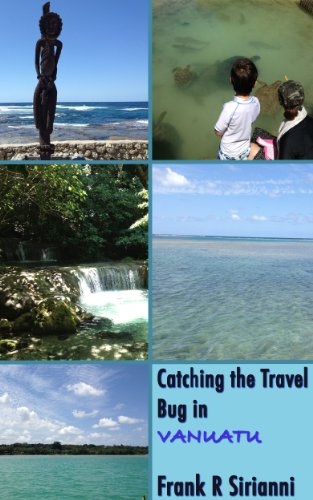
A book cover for Catching the Travel Bug in Vanuatu (Catching the Travel Bug in... Book 1); Frank R Sirianni; Travel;